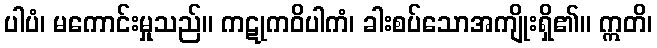
ပါပံ၊ မကောင်းမှုသည်။ ကဋုကဝိပါကံ၊ ခါးစပ်သောအကျိုးရှိ၏။ ဣတိ၊